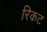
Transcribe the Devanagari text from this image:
रिकट